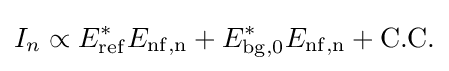
I_{n}\propto E_{\rm {ref}}^{*}E_{\rm {nf,n}}+E_{\rm {bg,0}}^{*}E_{\rm {nf,n}}+{\rm {C.C.}}